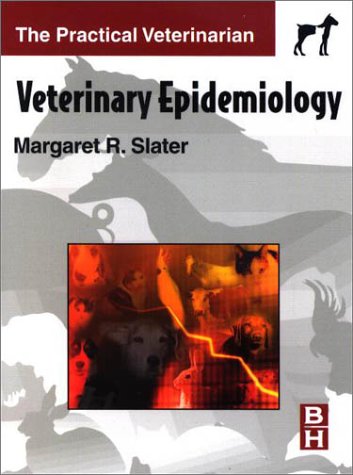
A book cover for Veterinary Epidemiology, 1e (Practical Veterinarian); Margaret R. Slater DVM  PhD; Medical Books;